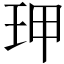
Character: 玾